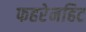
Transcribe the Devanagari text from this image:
फहरेनहिट